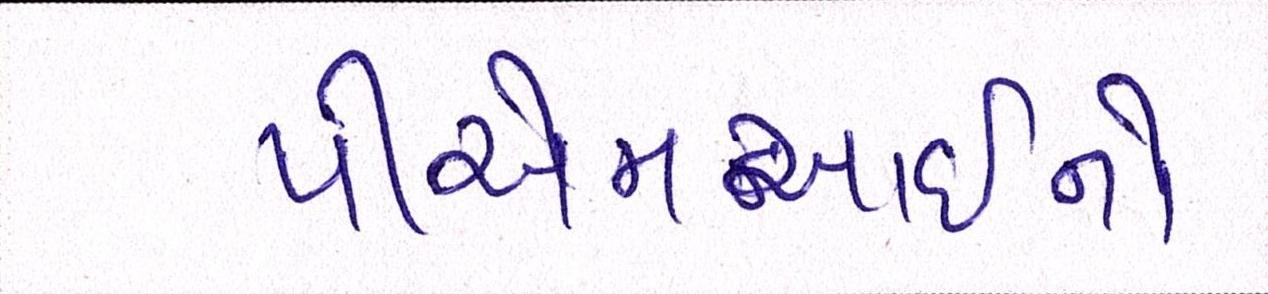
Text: પીએમઆઇનો